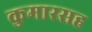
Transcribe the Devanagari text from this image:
कुमारसह